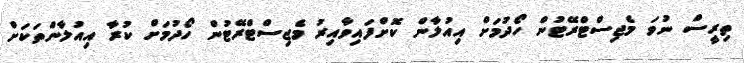
ތިރީސް ނުވަ މެޖިސްޓްރޭޓުން ހޯދުމަށް އިއުލާން ކޮށްފައިވާއިރު މެޖިސްޓްރޭޓުން ހޯދުމަށް ކުރާ އިއުލާންތަކަށް